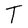
Character: T